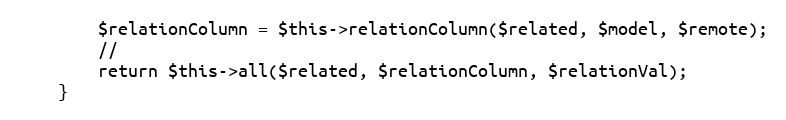
Language: PHP
        $relationColumn = $this->relationColumn($related, $model, $remote);
        //
        return $this->all($related, $relationColumn, $relationVal);
    }